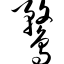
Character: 鹜